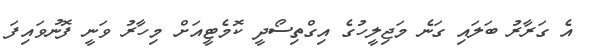
އެ ގަރާރު ބަލައި ގަނެ މަޖިލީހުގެ އިގްތިސޯދީ ކޮމެޓީއަށް މިހާރު ވަނީ ފޮނުވައިފަ